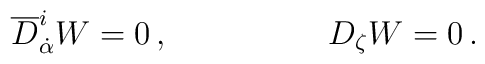
{\overline D}^{i}_{\dot \alpha} W = 0 \, , \hspace{2cm} 	D_{\zeta}W = 0 \, .